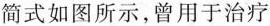
简式如图所示，曾用于治疗